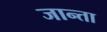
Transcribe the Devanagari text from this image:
जान्ता